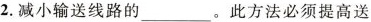
2.减小输送线路的___。此方法必须提高送